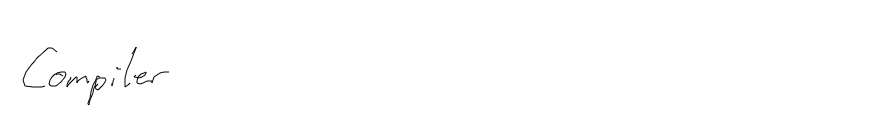
Compiler